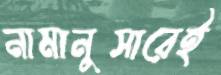
নামানুসারেই